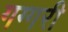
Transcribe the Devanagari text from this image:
गग्गरी